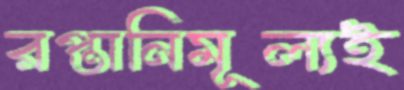
রপ্তানিমূল্যই